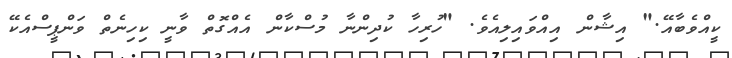
ކީއްވެބާއޭ." އިޝާން އިއްވައިލިއެވެ. "ހުރިހާ ކުދިންނާ މުސްކާން އެއްގޮތް ވާނީ ކިހިނެތް ވަންޕީސްއެކޭ